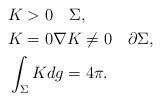
LaTeX: \begin{align*} &K>0\quad\Sigma,\\&K=0\nabla K\neq 0\quad\partial\Sigma, \\&\int_{\Sigma}Kdg=4\pi.\end{align*}